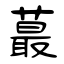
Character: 蕞